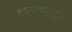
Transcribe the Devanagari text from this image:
शल्यतज्‍ज्ञ